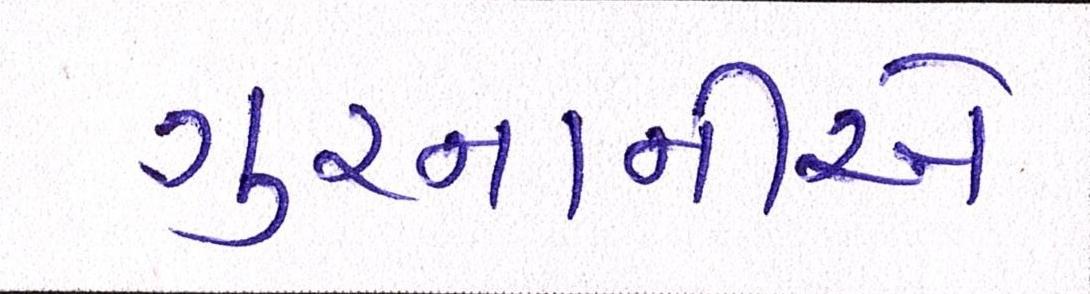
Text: ગુરનાનીએ